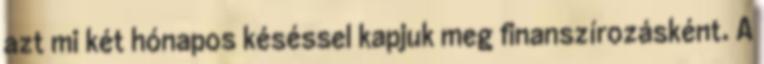
azt mi két hónapos késéssel kapjuk meg finanszírozásként. A